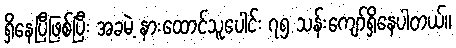
ရှိနေပြီဖြစ်ပြီး အခမဲ့ နားထောင်သူပေါင်း ၇၅ သန်းကျော်ရှိနေပါတယ်။